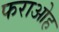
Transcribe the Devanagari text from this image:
फराओह